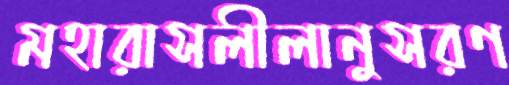
মহারাসলীলানুসরণ